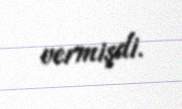
vermişdi.